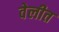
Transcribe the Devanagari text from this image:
वेलीत